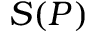
S ( P )